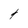
Character: 4